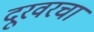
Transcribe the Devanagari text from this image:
दूरवरचा